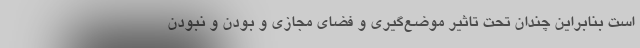
است بنابراین چندان تحت تاثیر موضع‌گیری و فضای مجازی و بودن و نبودن